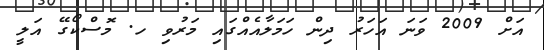
އަށް 2009 ވަނަ އަހަރު ދިން ހަމަލާއެއްގައި މަރުވި ހ. މޮސްކޯގޭ އަލީ